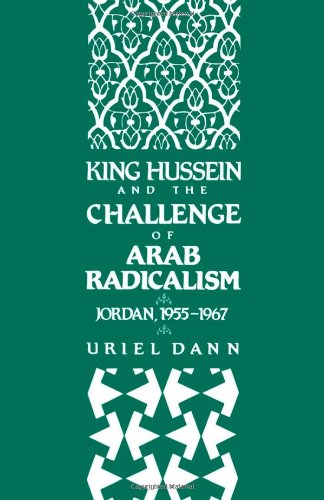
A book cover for King Hussein and the Challenge of Arab Radicalism: Jordan, 1955-1967 (Studies in Middle Eastern History); Uriel Dann; History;